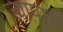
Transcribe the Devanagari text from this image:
ज्यापाच